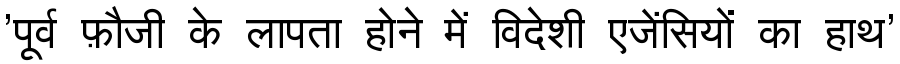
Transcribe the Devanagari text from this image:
'पूर्व फ़ौजी के लापता होने में विदेशी एजेंसियों का हाथ'